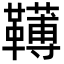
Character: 䪇